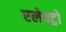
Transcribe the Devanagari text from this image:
एलेक्ट्रो